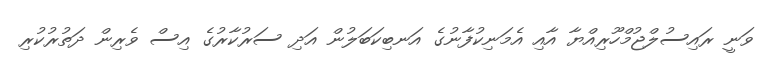
ވަނީ ރައިސުލްޖުމްހޫރިއްޔާ އާއި އެމަނިކުފާނުގެ އަނބިކަބަލުން އަދި ސަރުކާރުގެ އިސް ވެރިން ދަތުރުކުރި